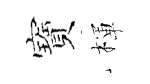
寶楎